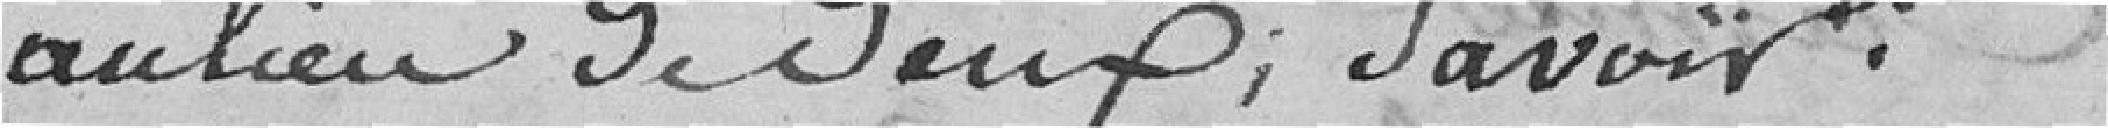
au lieu de deux ; savoir